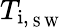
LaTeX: T_{{\mathrm{i},_{\mathrm{~S~W~}}}}